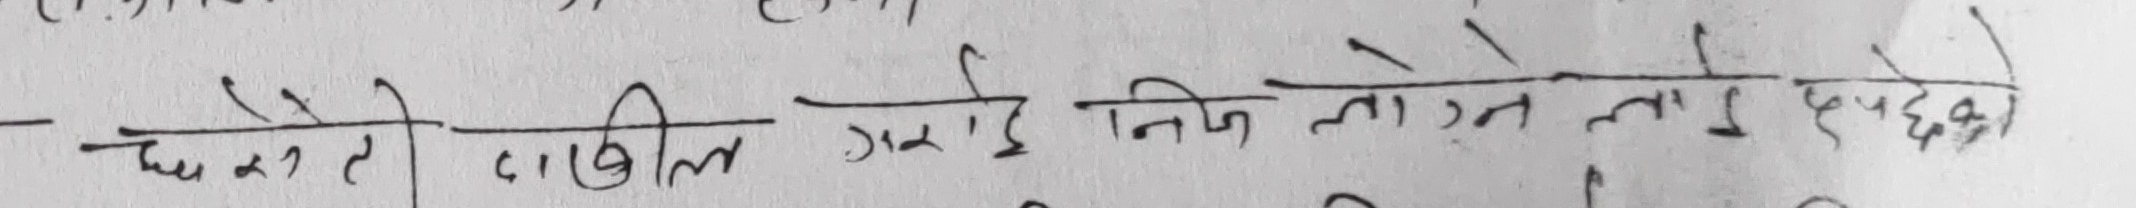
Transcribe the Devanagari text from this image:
छैन तर तालीम गर्दा निजी लगन लाग्छ धेरै अपेक्षित।